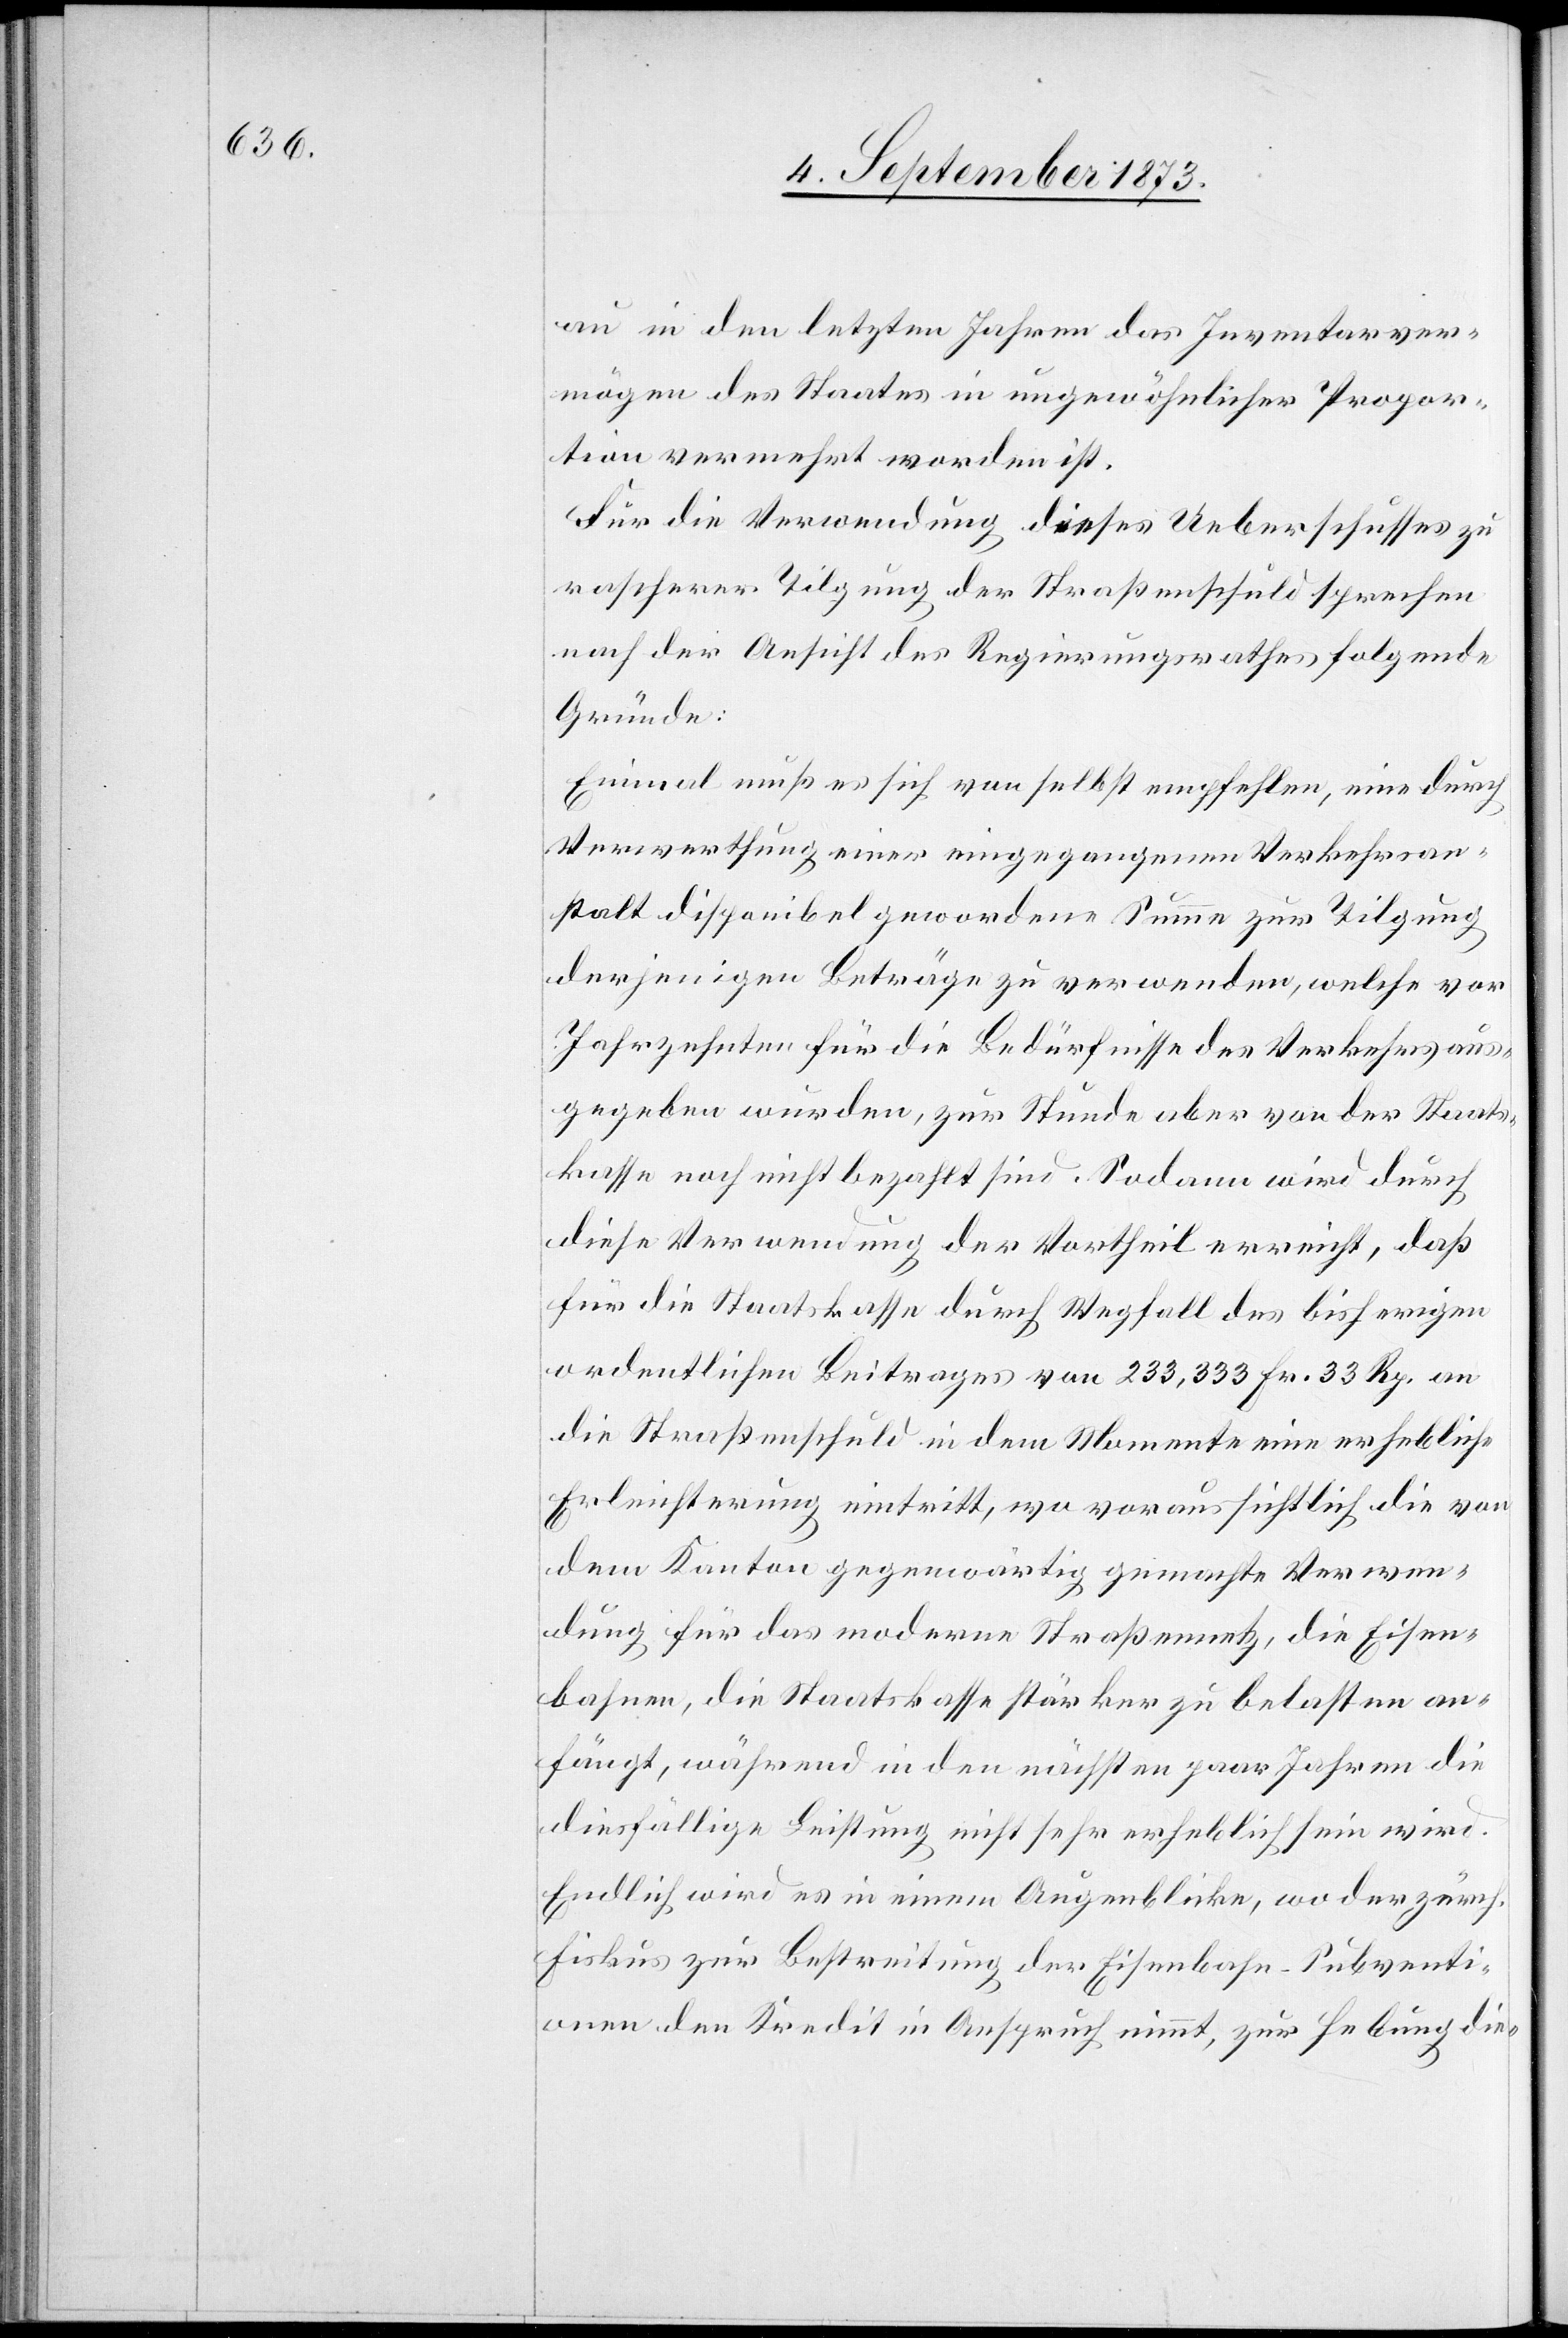
au in den letzten Jahren das Inventarver¬
mögen des Staates in ungewöhnlicher Propor¬
tion vermehrt worden ist.
Für die Verwendung dieses Ueberschusses zu
rascherer Tilgung der Straßenschuld sprechen
nach der Ansicht des Regierungsrathes folgende
Gründe:
Einmal muß es sich von selbst empfehlen, eine durch
Verwerthung einer eingegangenen Verkehrsan¬
stalt disponibel gewordene Summe zur Tilgung
derjenigen Beträge zu verwenden, welche vor
Jahrzehnten für die Bedürfnisse des Verkehrs aus¬
gegeben wurden, zur Stunde aber von der Staats¬
kasse noch nicht bezahlt sind. Sodann wird durch
diese Verwendung der Vortheil erreicht, daß
für die Staatskasse durch Wegfall des bisherigen
ordentlichen Beitrages von 233,333 Fr. 33 Rp. an
die Straßenschuld in dem Momente eine erhebliche
Erleichterung eintritt, wo voraussichtlich die von
dem Kanton gegenwärtig gemachte Verwen¬
dung für das moderne Straßennetz, die Eisen¬
bahnen, die Staatskasse stärker zu belasten an¬
fängt, während in den nächsten paar Jahren die
diesfällige Leistung nicht sehr erheblich sein wird.
Endlich wird es in einem Augenblicke, wo der zürch.
Fiskus zur Bestreitung der Eisenbahn-Subventi¬
onen den Kredit in Anspruch nimmt, zur Hebung die-